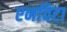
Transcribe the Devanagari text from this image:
एनविटा